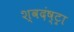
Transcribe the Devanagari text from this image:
श्वदंष्ट्रा